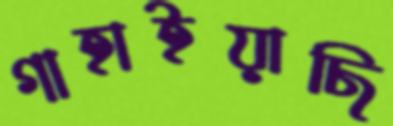
গাহাইয়াছি